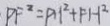
P F ^ { 2 } = P H ^ { 2 } + F H ^ { 2 }